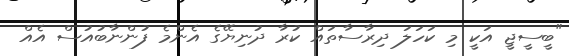
"ބީސީޖީ އަކީ މި ކަހަލަ ދިރާސާތައް ކުރާ ދުނިޔޭގެ އެންމެ ފުންނާބުއުސް އެއް